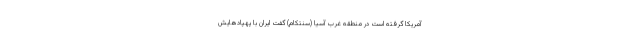
آمریکا گرفته است در منطقه غرب آسیا (سنتکام) گفت ایران با پهپادهایش